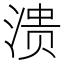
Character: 溃